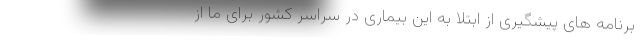
برنامه های پیشگیری از ابتلا به این بیماری در سراسر کشور برای ما از